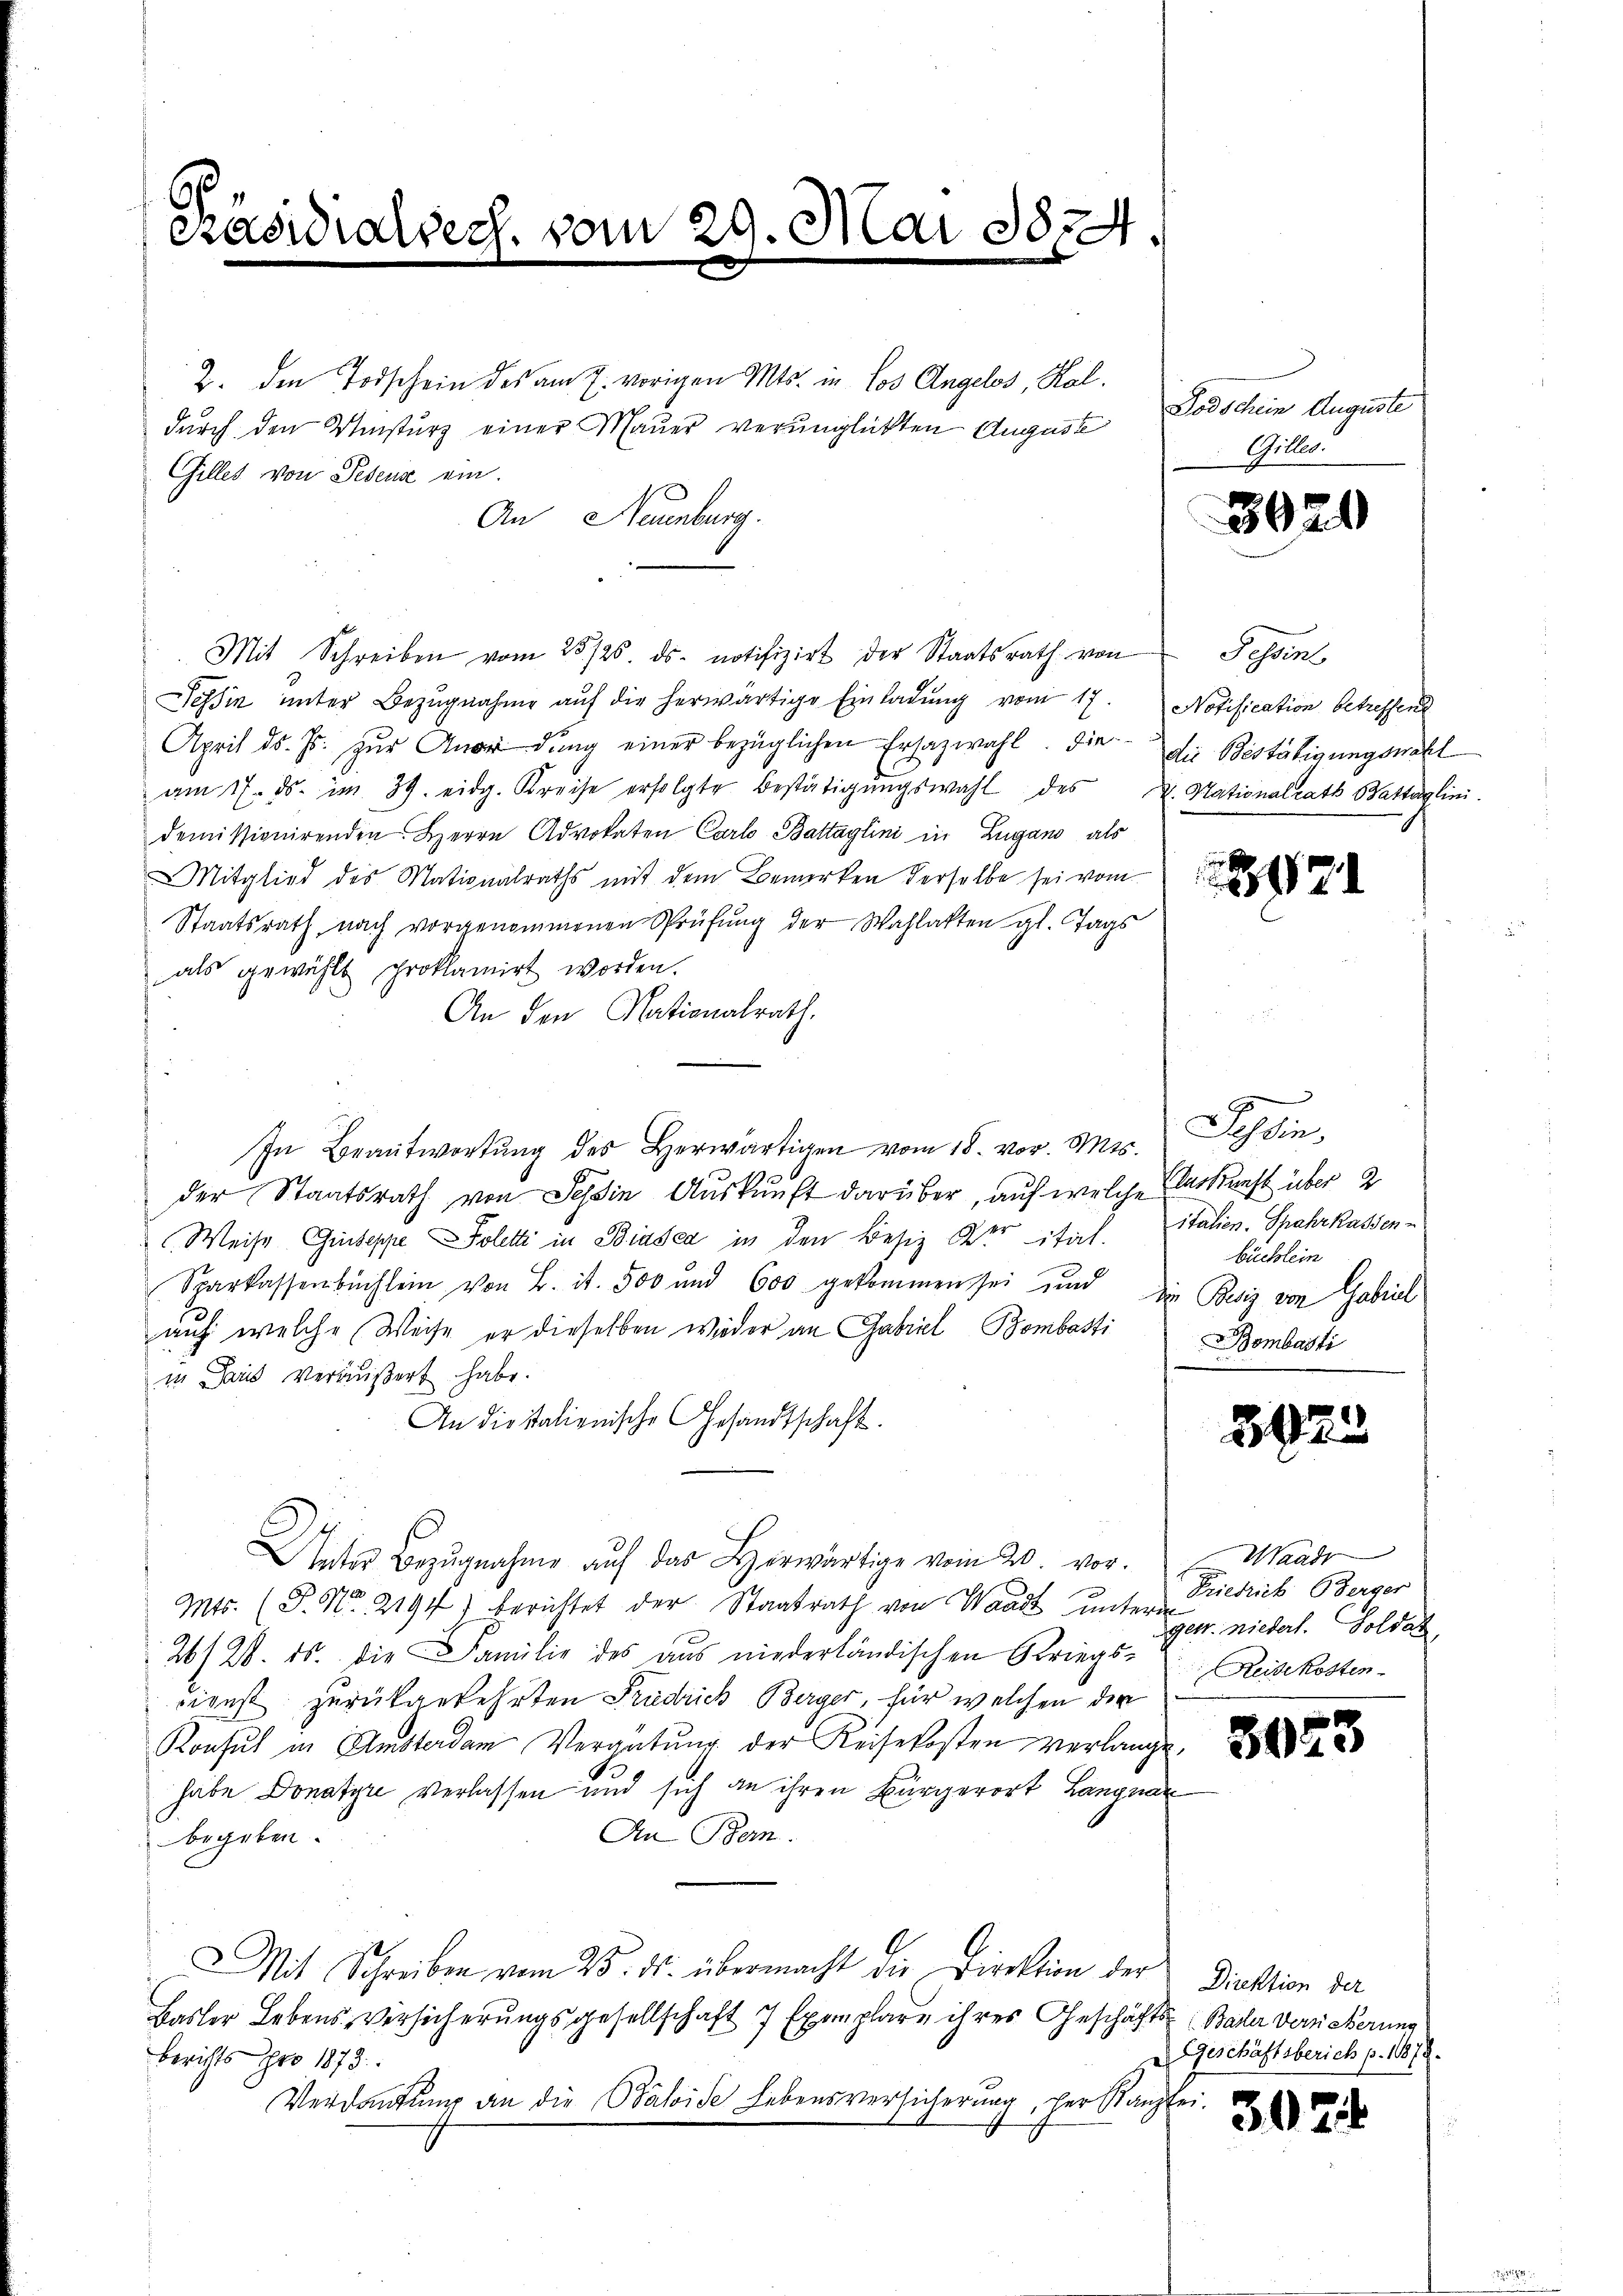
Präsidialsech, vom 29. Mai 1824

Gillet von Peseuse ein.

durch den Umsturz einer Mauer verunglückten August

2. den Todschein des am 7. vorigen Mts. in Los Angelos, Kal¬
An Neuenburg.
Mit Schreiben vom 25./25. ds. notifizirt der Staatsrath von Tessin,
Tessin unter Bezugnahme aŭf die herwärtige Einladung vom 17. Notification betreffend
April ds. s. zŭr Anordŭng einer bezüglichen Ersatzwahl. Die die Bestätigungswahl
am 17. ds. im 39. eidg. Kreise erfolgte Bestätigŭngswahl des u. Nationalrath Battäglini.
demissionirenden. Herrn Advokaten Carl Battaglini in Zugano als
Mitglied des Mationalraths mit dem Bemerken derselbe sei vom
Staatsrath nach vorgenommenen Prüfŭng der Wahlakten gl. Tags
als gewählt proklamirt worden.
An den Nationalrath,
In Beantwortŭng des herwärtigen vom 18. vor. Mts.
der Staatsrath von Tessin Auskunft darüber, auf welche erkunft über 2
Weise Guseppe Poletti in Biasca in den Besiz der citirt. Italien. Spahrkassen-
Sparkassenbüchlein von B. ist. 500 und 600 gekommen sei und die Besiz von Gabriel
auf welche Weise er dieselben wieder an Gabel Bombasti Bombasti
in Paris veräußert habe.
An die Italienische Gesandtschaft.
Deter Bezugnahme auf das Horwärtige vom 20. vor.
Mts. (P. Nr. 2194) berichtet der Staatsrath von Waadt ŭnter Friedrich Berger
26/28. ds. die Familie des aus niederländischen Kriegs- Reisekosten.
dienst zurückgekehrten Friedrich Berger, für welchen der
Konsul in Amsterdam Vergütung der Reisekosten verlange,
habe Donatyre verlassen und sich an ihren Bürgerort Langnar
An Bem
begeben.
Mit Schreiben vom 25. ds. übermacht die Direktion der Direktion der
Basler Lebens-Versicherungsgesellschaft 7 Exemplare ihres Geschäfts Bader Versicherung
Berichts pro 1873.
Verdankung an die Baloise Lebensversicherung, her Kanzlei.

Todschein Auguste
Gilles.

3020

Schein,
büchlein

3129

Waadt
gew. niedert. Goldat

3023

Geschäftsberich p. 1878.

3024